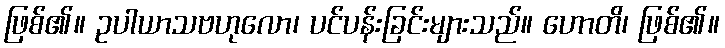
ဖြစ်၏။ ဥပါယာသဗဟုလော၊ ပင်ပန်းခြင်းများသည်။ ဟောတိ၊ ဖြစ်၏။